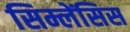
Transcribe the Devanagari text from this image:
सिम्लेंसिस